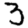
Digit: 3